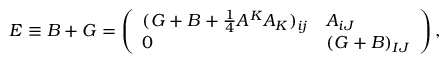
E \equiv B + G = \left( \begin{array} { l l } { { ( G + B + { \frac { 1 } { 4 } } A ^ { K } A _ { K } ) _ { i j } } } & { { A _ { i J } } } \\ { { 0 } } & { { ( G + B ) _ { I J } } } \end{array} \right) ,